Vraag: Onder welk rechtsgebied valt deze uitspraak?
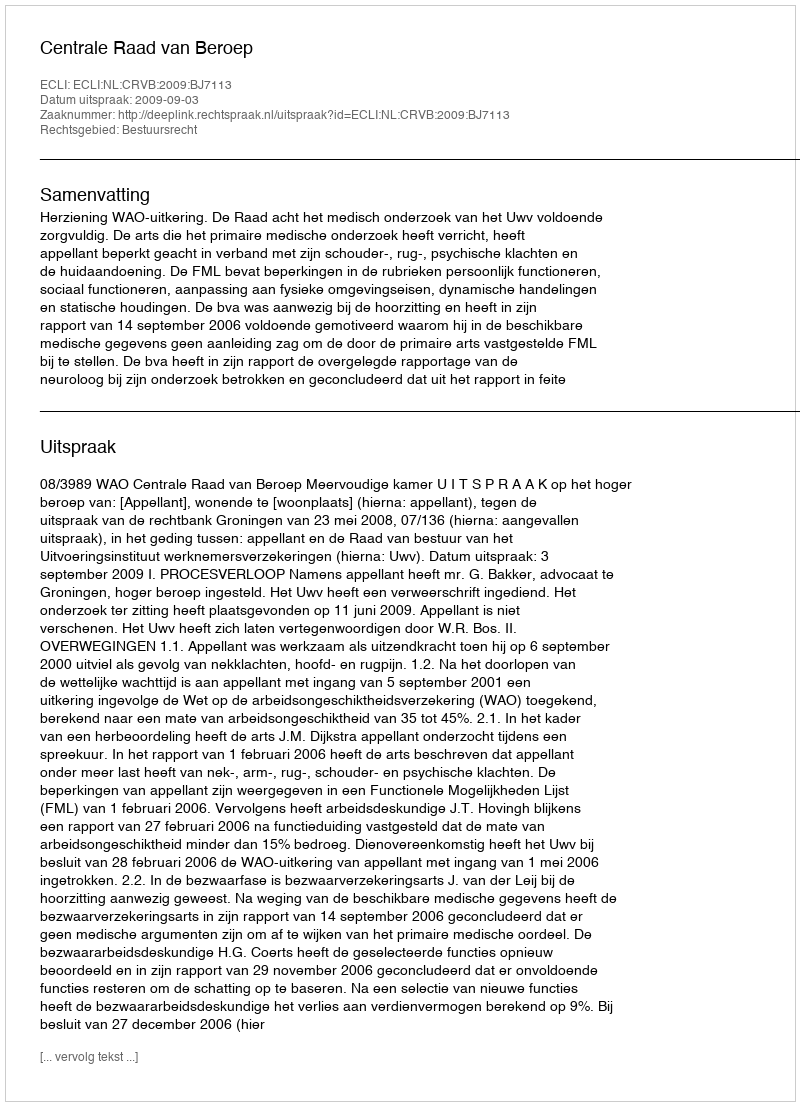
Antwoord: Bestuursrecht